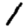
Digit: 1